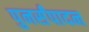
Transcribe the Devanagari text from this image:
पुनर्संपादन